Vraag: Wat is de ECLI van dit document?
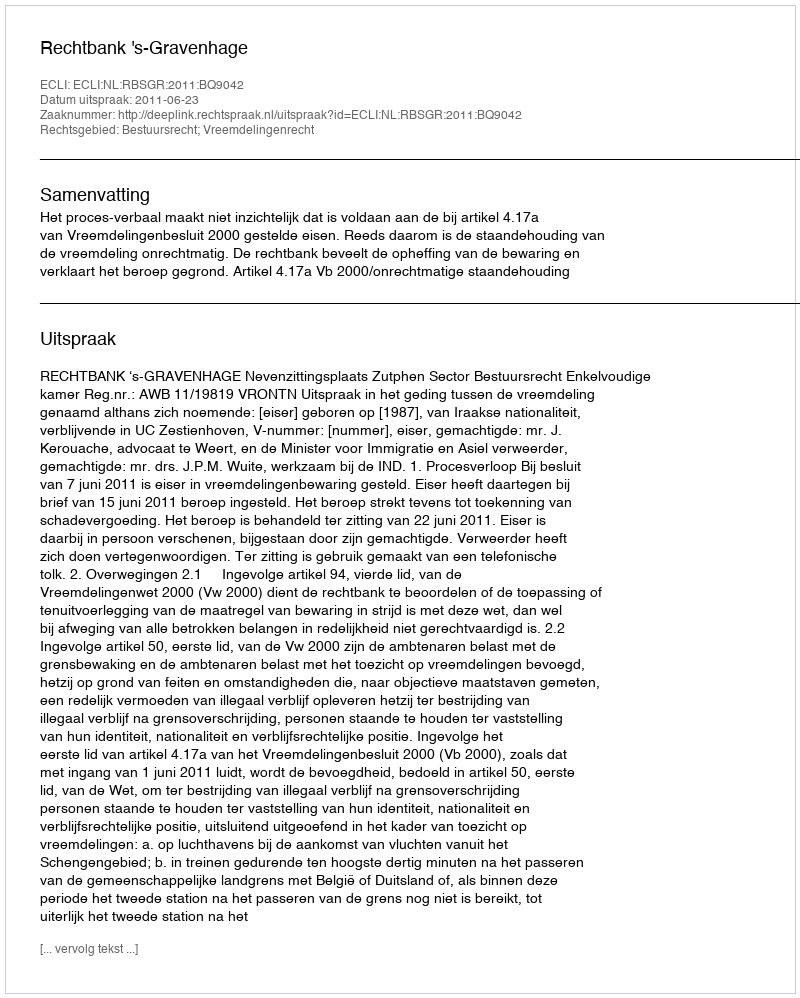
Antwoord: ECLI:NL:RBSGR:2011:BQ9042